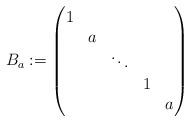
LaTeX: \begin{align*}B_{a} := \begin{pmatrix}1 \\ &a \\ && \ddots \\ &&&1 \\ &&&&a\end{pmatrix}\end{align*}